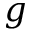
g